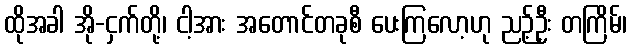
ထိုအခါ အို-ငှက်တို့၊ ငါ့အား အတောင်တခုစီ ပေးကြလော့ဟု ညဉ့်ဦး တကြိမ်၊